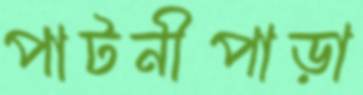
পাটনীপাড়া